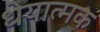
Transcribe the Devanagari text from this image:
धेयात्मक